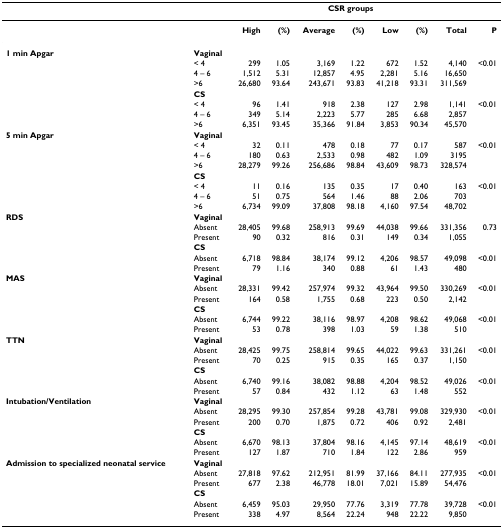
<table><thead><tr><td></td><td></td><td colspan="7"><b>CSR groups</b></td><td></td></tr></thead><tbody><tr><td></td><td></td><td><b>High</b></td><td><b>(%)</b></td><td><b>Average</b></td><td><b>(%)</b></td><td><b>Low</b></td><td><b>(%)</b></td><td><b>Total</b></td><td><b>P</b></td></tr><tr><td><b>1 min Apgar</b></td><td><b>Vaginal</b></td><td></td><td></td><td></td><td></td><td></td><td></td><td></td><td></td></tr><tr><td></td><td>&lt; 4</td><td>299</td><td>1.05</td><td>3,169</td><td>1.22</td><td>672</td><td>1.52</td><td>4,140</td><td>&lt;0.01</td></tr><tr><td></td><td>4 – 6</td><td>1,512</td><td>5.31</td><td>12,857</td><td>4.95</td><td>2,281</td><td>5.16</td><td>16,650</td><td></td></tr><tr><td></td><td>&gt;6</td><td>26,680</td><td>93.64</td><td>243,671</td><td>93.83</td><td>41,218</td><td>93.31</td><td>311,569</td><td></td></tr><tr><td></td><td><b>CS</b></td><td></td><td></td><td></td><td></td><td></td><td></td><td></td><td></td></tr><tr><td></td><td>&lt; 4</td><td>96</td><td>1.41</td><td>918</td><td>2.38</td><td>127</td><td>2.98</td><td>1,141</td><td>&lt;0.01</td></tr><tr><td></td><td>4 – 6</td><td>349</td><td>5.14</td><td>2,223</td><td>5.77</td><td>285</td><td>6.68</td><td>2,857</td><td></td></tr><tr><td></td><td>&gt;6</td><td>6,351</td><td>93.45</td><td>35,366</td><td>91.84</td><td>3,853</td><td>90.34</td><td>45,570</td><td></td></tr><tr><td><b>5 min Apgar</b></td><td><b>Vaginal</b></td><td></td><td></td><td></td><td></td><td></td><td></td><td></td><td></td></tr><tr><td></td><td>&lt; 4</td><td>32</td><td>0.11</td><td>478</td><td>0.18</td><td>77</td><td>0.17</td><td>587</td><td>&lt;0.01</td></tr><tr><td></td><td>4 – 6</td><td>180</td><td>0.63</td><td>2,533</td><td>0.98</td><td>482</td><td>1.09</td><td>3195</td><td></td></tr><tr><td></td><td>&gt;6</td><td>28,279</td><td>99.26</td><td>256,686</td><td>98.84</td><td>43,609</td><td>98.73</td><td>328,574</td><td></td></tr><tr><td></td><td><b>CS</b></td><td></td><td></td><td></td><td></td><td></td><td></td><td></td><td></td></tr><tr><td></td><td>&lt; 4</td><td>11</td><td>0.16</td><td>135</td><td>0.35</td><td>17</td><td>0.40</td><td>163</td><td>&lt;0.01</td></tr><tr><td></td><td>4 – 6</td><td>51</td><td>0.75</td><td>564</td><td>1.46</td><td>88</td><td>2.06</td><td>703</td><td></td></tr><tr><td></td><td>&gt;6</td><td>6,734</td><td>99.09</td><td>37,808</td><td>98.18</td><td>4,160</td><td>97.54</td><td>48,702</td><td></td></tr><tr><td><b>RDS</b></td><td><b>Vaginal</b></td><td></td><td></td><td></td><td></td><td></td><td></td><td></td><td></td></tr><tr><td></td><td>Absent</td><td>28,405</td><td>99.68</td><td>258,913</td><td>99.69</td><td>44,038</td><td>99.66</td><td>331,356</td><td>0.73</td></tr><tr><td></td><td>Present</td><td>90</td><td>0.32</td><td>816</td><td>0.31</td><td>149</td><td>0.34</td><td>1,055</td><td></td></tr><tr><td></td><td><b>CS</b></td><td></td><td></td><td></td><td></td><td></td><td></td><td></td><td></td></tr><tr><td></td><td>Absent</td><td>6,718</td><td>98.84</td><td>38,174</td><td>99.12</td><td>4,206</td><td>98.57</td><td>49,098</td><td>&lt;0.01</td></tr><tr><td></td><td>Present</td><td>79</td><td>1.16</td><td>340</td><td>0.88</td><td>61</td><td>1.43</td><td>480</td><td></td></tr><tr><td><b>MAS</b></td><td><b>Vaginal</b></td><td></td><td></td><td></td><td></td><td></td><td></td><td></td><td></td></tr><tr><td></td><td>Absent</td><td>28,331</td><td>99.42</td><td>257,974</td><td>99.32</td><td>43,964</td><td>99.50</td><td>330,269</td><td>&lt;0.01</td></tr><tr><td></td><td>Present</td><td>164</td><td>0.58</td><td>1,755</td><td>0.68</td><td>223</td><td>0.50</td><td>2,142</td><td></td></tr><tr><td></td><td><b>CS</b></td><td></td><td></td><td></td><td></td><td></td><td></td><td></td><td></td></tr><tr><td></td><td>Absent</td><td>6,744</td><td>99.22</td><td>38,116</td><td>98.97</td><td>4,208</td><td>98.62</td><td>49,068</td><td>&lt;0.01</td></tr><tr><td></td><td>Present</td><td>53</td><td>0.78</td><td>398</td><td>1.03</td><td>59</td><td>1.38</td><td>510</td><td></td></tr><tr><td><b>TTN</b></td><td><b>Vaginal</b></td><td></td><td></td><td></td><td></td><td></td><td></td><td></td><td></td></tr><tr><td></td><td>Absent</td><td>28,425</td><td>99.75</td><td>258,814</td><td>99.65</td><td>44,022</td><td>99.63</td><td>331,261</td><td>&lt;0.01</td></tr><tr><td></td><td>Present</td><td>70</td><td>0.25</td><td>915</td><td>0.35</td><td>165</td><td>0.37</td><td>1,150</td><td></td></tr><tr><td></td><td><b>CS</b></td><td></td><td></td><td></td><td></td><td></td><td></td><td></td><td></td></tr><tr><td></td><td>Absent</td><td>6,740</td><td>99.16</td><td>38,082</td><td>98.88</td><td>4,204</td><td>98.52</td><td>49,026</td><td>&lt;0.01</td></tr><tr><td></td><td>Present</td><td>57</td><td>0.84</td><td>432</td><td>1.12</td><td>63</td><td>1.48</td><td>552</td><td></td></tr><tr><td><b>Intubation/Ventilation</b></td><td><b>Vaginal</b></td><td></td><td></td><td></td><td></td><td></td><td></td><td></td><td></td></tr><tr><td></td><td>Absent</td><td>28,295</td><td>99.30</td><td>257,854</td><td>99.28</td><td>43,781</td><td>99.08</td><td>329,930</td><td>&lt;0.01</td></tr><tr><td></td><td>Present</td><td>200</td><td>0.70</td><td>1,875</td><td>0.72</td><td>406</td><td>0.92</td><td>2,481</td><td></td></tr><tr><td></td><td><b>CS</b></td><td></td><td></td><td></td><td></td><td></td><td></td><td></td><td></td></tr><tr><td></td><td>Absent</td><td>6,670</td><td>98.13</td><td>37,804</td><td>98.16</td><td>4,145</td><td>97.14</td><td>48,619</td><td>&lt;0.01</td></tr><tr><td></td><td>Present</td><td>127</td><td>1.87</td><td>710</td><td>1.84</td><td>122</td><td>2.86</td><td>959</td><td></td></tr><tr><td><b>Admission to specialized neonatal service</b></td><td><b>Vaginal</b></td><td></td><td></td><td></td><td></td><td></td><td></td><td></td><td></td></tr><tr><td></td><td>Absent</td><td>27,818</td><td>97.62</td><td>212,951</td><td>81.99</td><td>37,166</td><td>84.11</td><td>277,935</td><td>&lt;0.01</td></tr><tr><td></td><td>Present</td><td>677</td><td>2.38</td><td>46,778</td><td>18.01</td><td>7,021</td><td>15.89</td><td>54,476</td><td></td></tr><tr><td></td><td><b>CS</b></td><td></td><td></td><td></td><td></td><td></td><td></td><td></td><td></td></tr><tr><td></td><td>Absent</td><td>6,459</td><td>95.03</td><td>29,950</td><td>77.76</td><td>3,319</td><td>77.78</td><td>39,728</td><td>&lt;0.01</td></tr><tr><td></td><td>Present</td><td>338</td><td>4.97</td><td>8,564</td><td>22.24</td><td>948</td><td>22.22</td><td>9,850</td><td></td></tr></tbody></table>